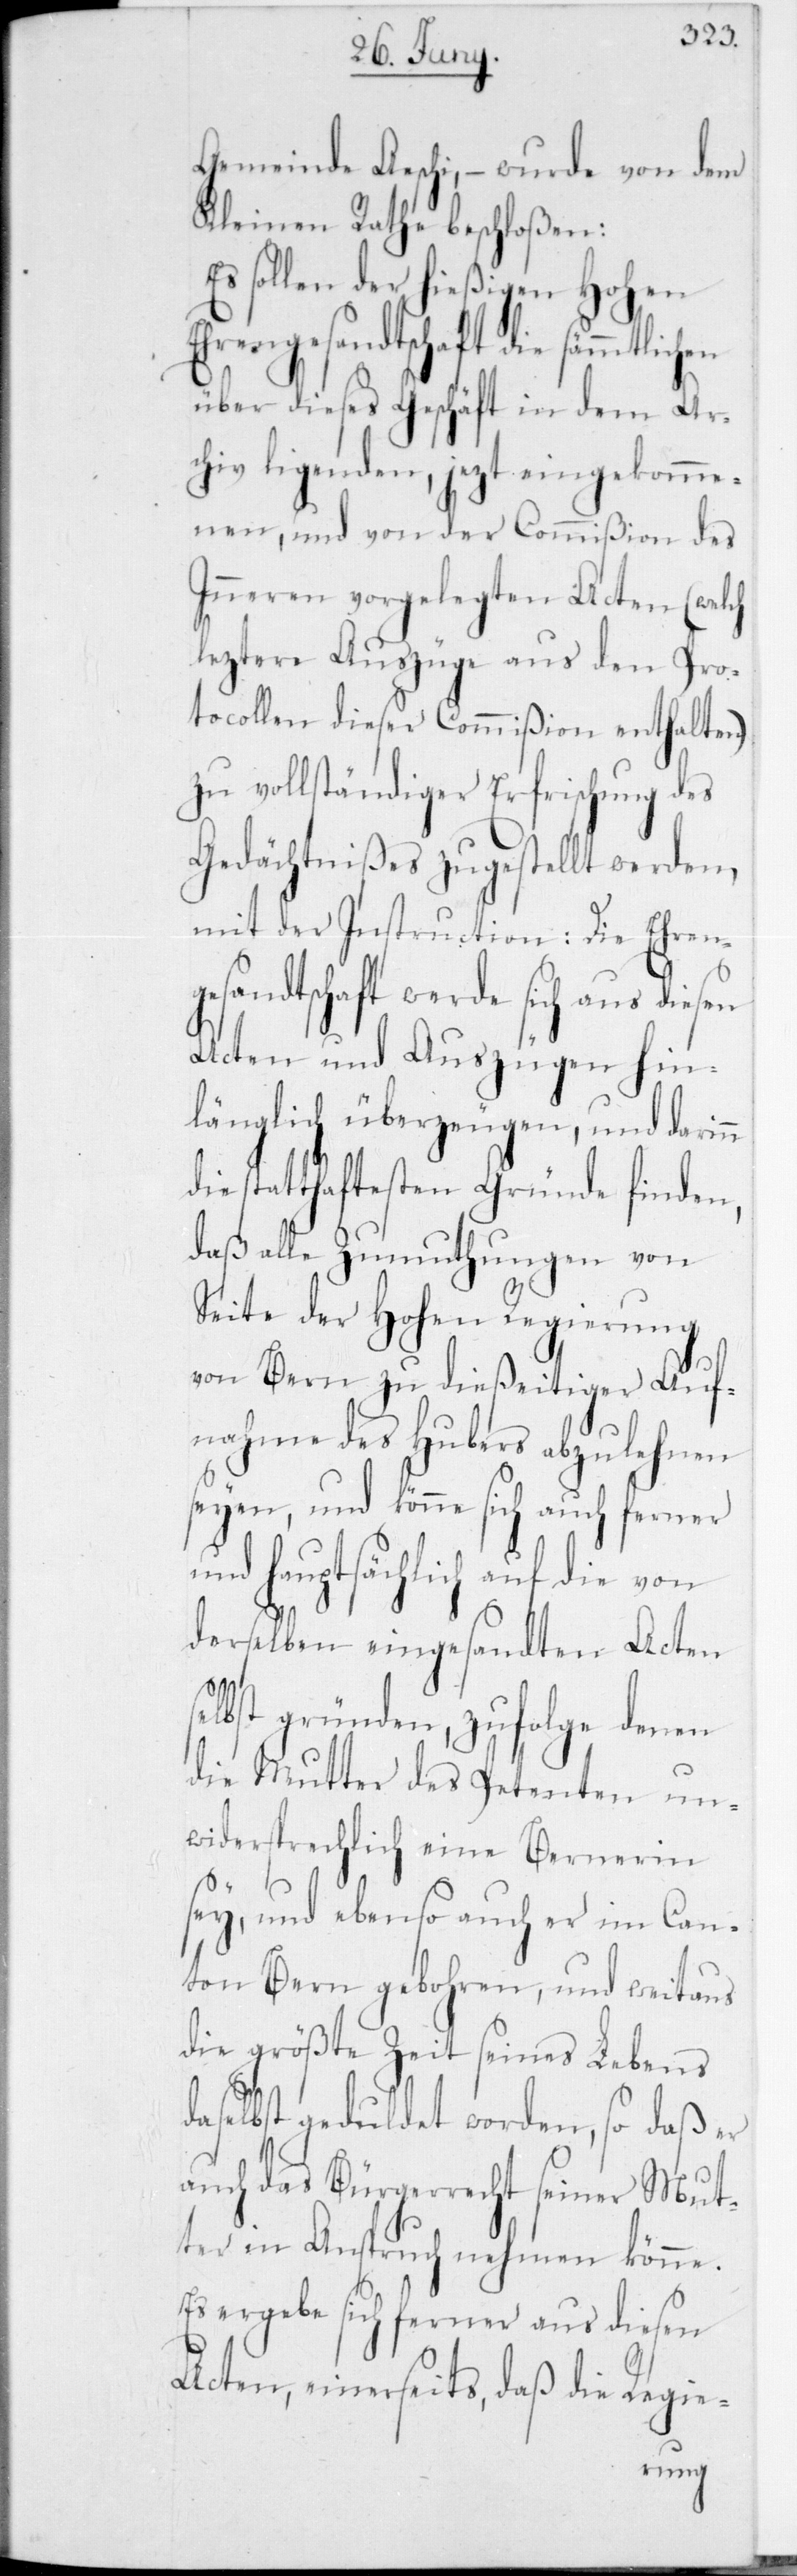
Gemeinde Aeschi, – wurde von dem
Kleinen Rathe beschloßen:
Es sollen der hießigen Hohen
Ehrengesandtschaft die sämmtlich¬
über dieses Geschäft in dem Ar¬
chiv liegenden, jetzt eingekomme¬
nen, und von der Commißion des
Inneren vorgelegten Acten (welch
leztere Auszüge aus den Pro¬
tocollen dieser Commißion enthalten)
zu vollständiger Erfrischung des
Gedächtnißes zugestellt werden,
mit der Instruction: Die Ehreng¬
sich aus diesen
Acten und Auszügen hin¬
länglich überzeugen, und darinn
die statthaftesten Gründe finden,
daß alle Zumuthungen von
Seite der Hohen Regierung
von Bern zu dießeitiger Auf¬
nahme des Hubers abzulehnen
seyen, und könne sich auch ferner
und hauptsächlich auf die von
derselben eingesandten Acten
selbst gründen, zufolge denen
die Mutter des Petenten un¬
widersprechlich eine Bernerin
sey, und ebenso auch er im Can¬
ton Bern gebohren, und weitaus
die größte Zeit seines Lebens
daselbst geduldet worden, so daß er
auch das Bürgerrecht seiner Mut¬
ter in Anspruch nehmen könne.
Es ergebe sich ferner aus diesen
Acten, einerseits, daß die Regie-
en